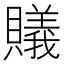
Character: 𧸡